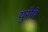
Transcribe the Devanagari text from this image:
युरोपे